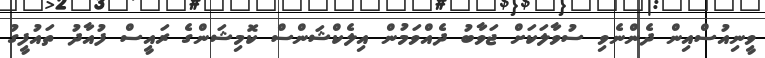
ވީނިއުސްއިން ދެންނެވި ސުވާލަކަށް ޖަވާބު ދެއްވަމުން އިލެކްޝަންސް ކޮމިޝަންގެ ރައީސް ފުއާދު ތައުފީގު